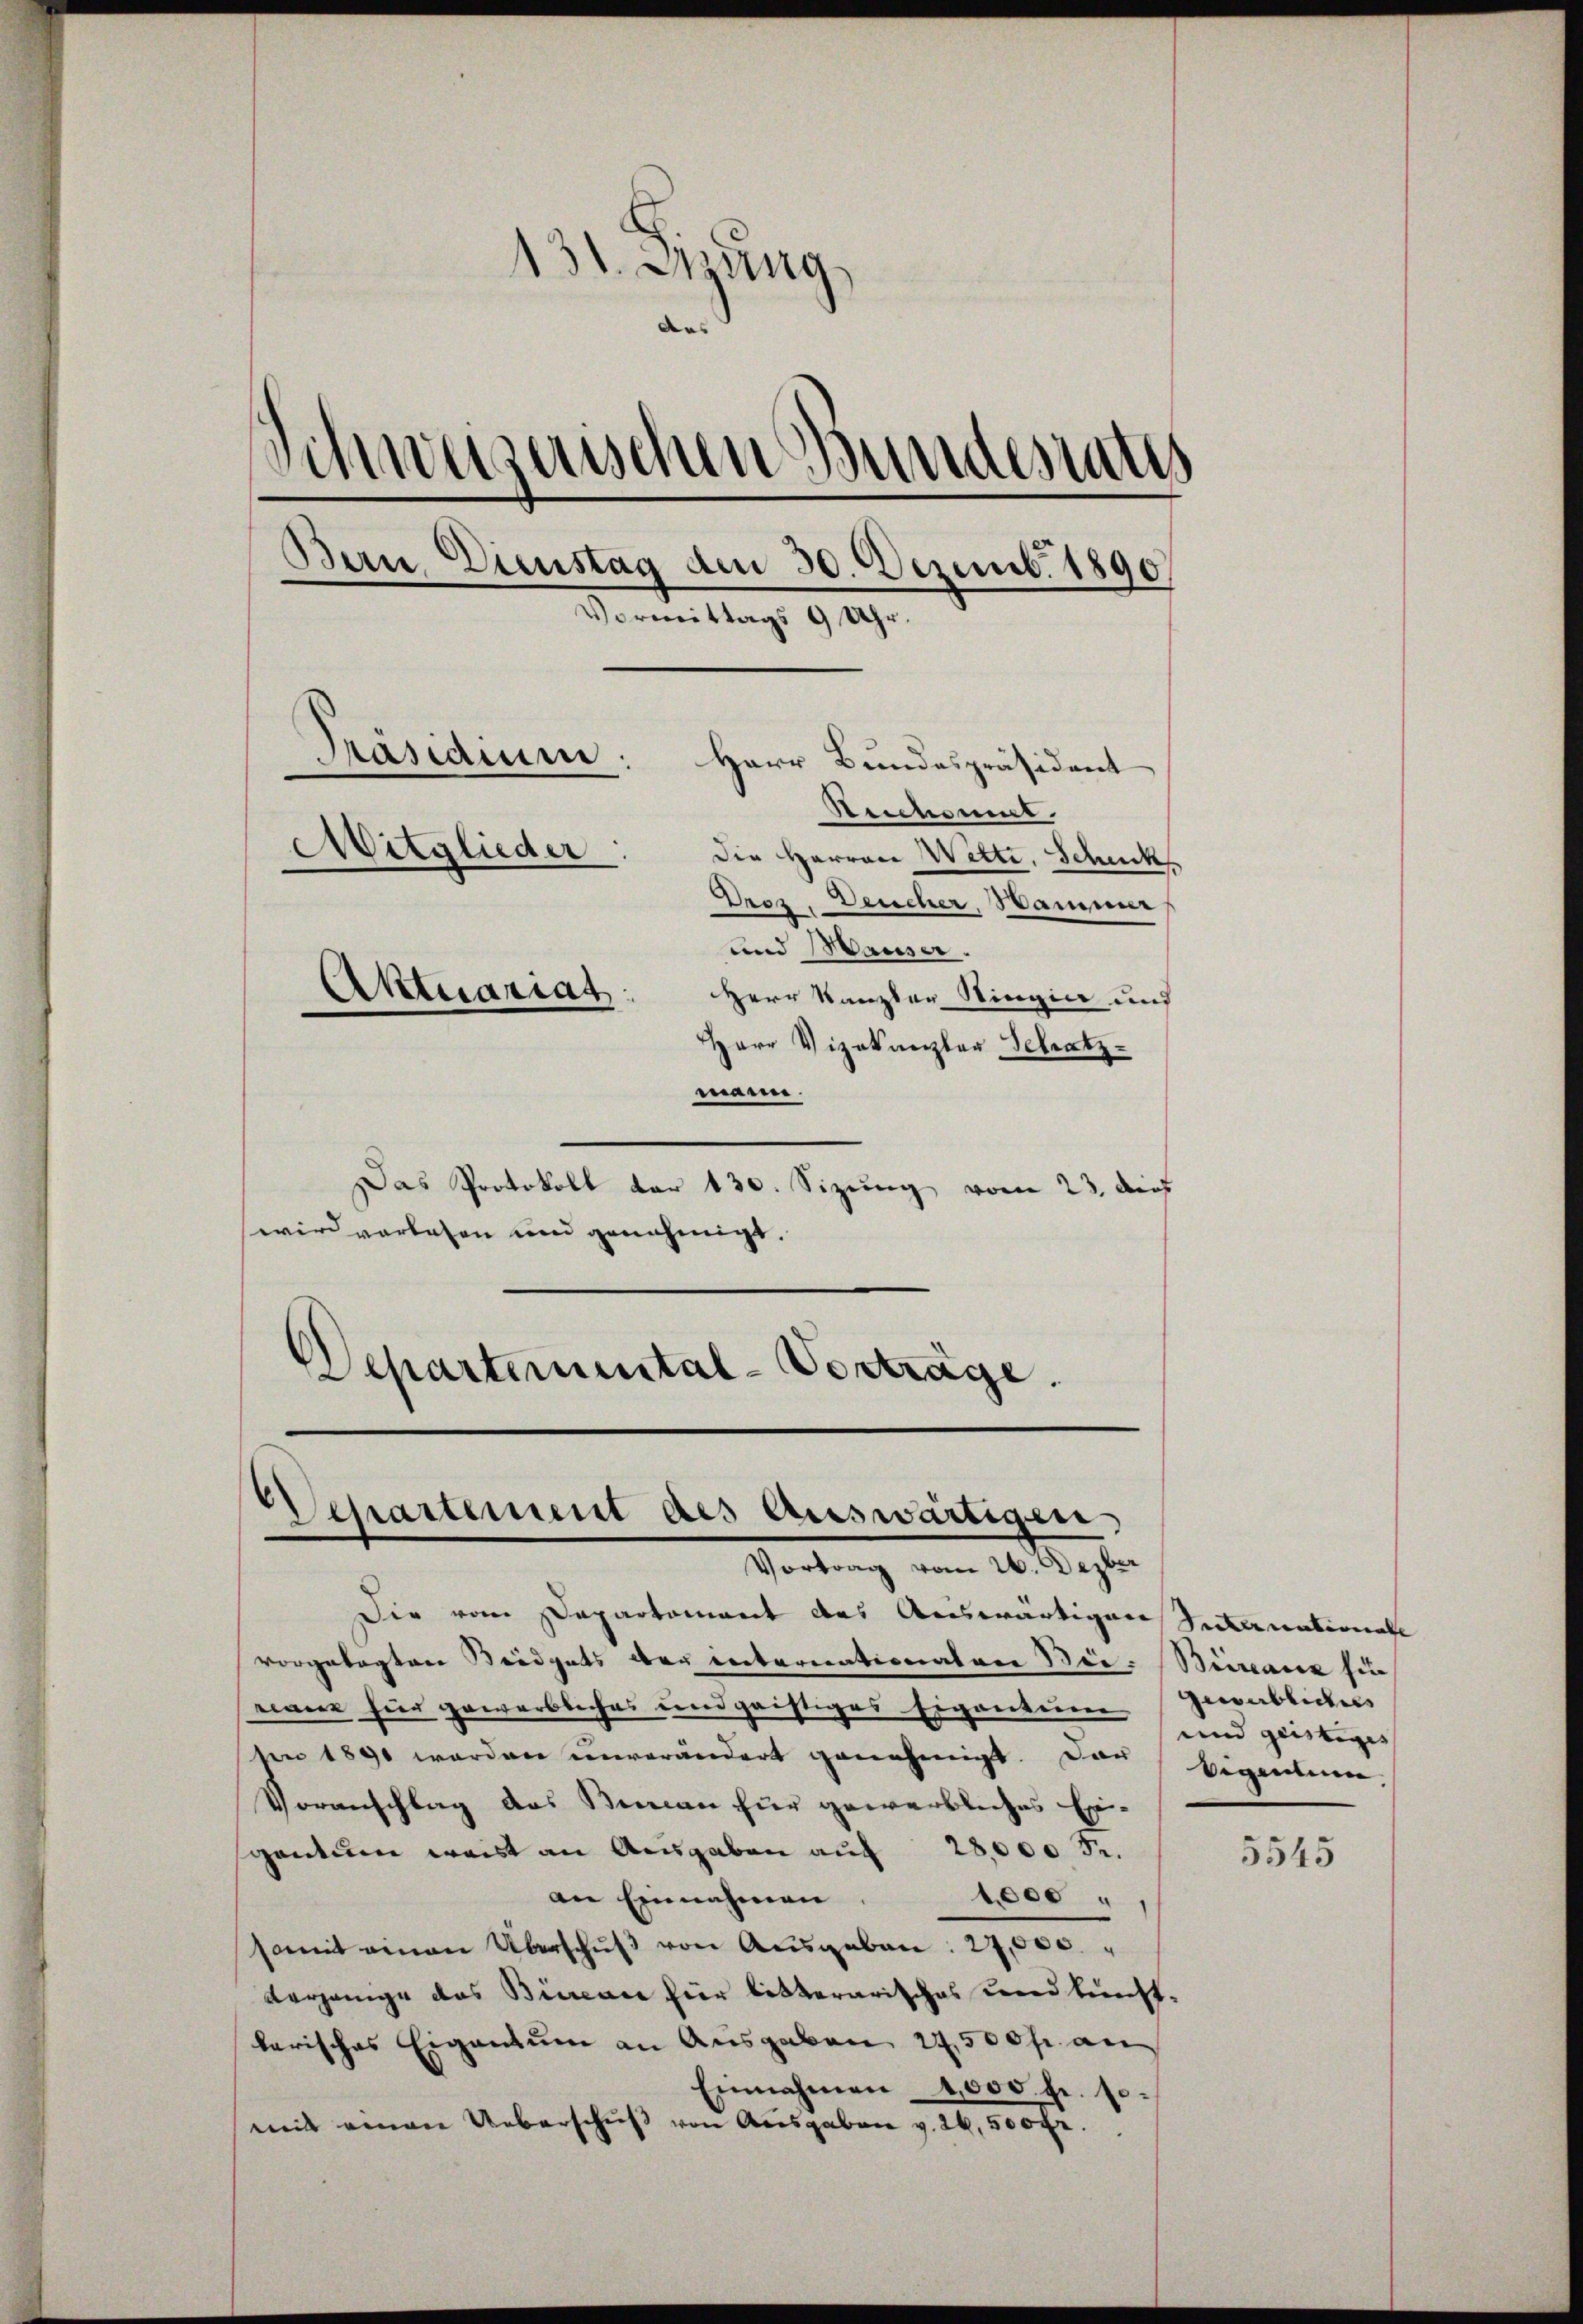
131. Dizung.
das
.
Schnuguischen Bundesrats
Bern Dienstag den 30. Dezemb. 1890
Vormittags 9 Uhr.
Rasiduum.
Herr Bundespräsident
Reichaumt.
Mitglieder
Die Herren Wette. Schuck
e
Droz. Deucher, Hammer
und Hauser.
Aktuariat:
Herr Kanzler Ringin und
Herr Vizekanzler Schatz
mann.

Das Protokoll der 130. Sizung vom 23. dies
wird vorlesen und genehmigt.
Departemental-Vorträge.

Die vom Departement des Auswärtigen Suternationale
vorgelegten Bridgats der internationalen Bei- Beinanz fin
ranz hier gewerbliches und geistiges Eigenture geblichers
ter 1890 werden unverändert genehmigt. Dar
Voranschlag das Beran für gewerbliches Ein-
gentum weist an Ausgaben auf 28,000 Fr.
an Einnahmen.
te
somit einen Überschŭβ von Ausgaben. 27,000
verjenige das Bierence für bitterarisches und kunst-
barisches Eigentum an Ausgaben 27,500 fr. an
Einnahmen 4,000. fr. so
mit einen Ueberschuß von Ausgaben v. 26, 300 Fr.

Departement des Auswärtigen,
Vortrag vom 26. Dezber

und geistig
bigentum,

5545